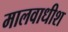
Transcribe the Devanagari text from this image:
मालवाधीश